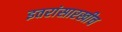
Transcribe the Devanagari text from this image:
इतरांसारखीच